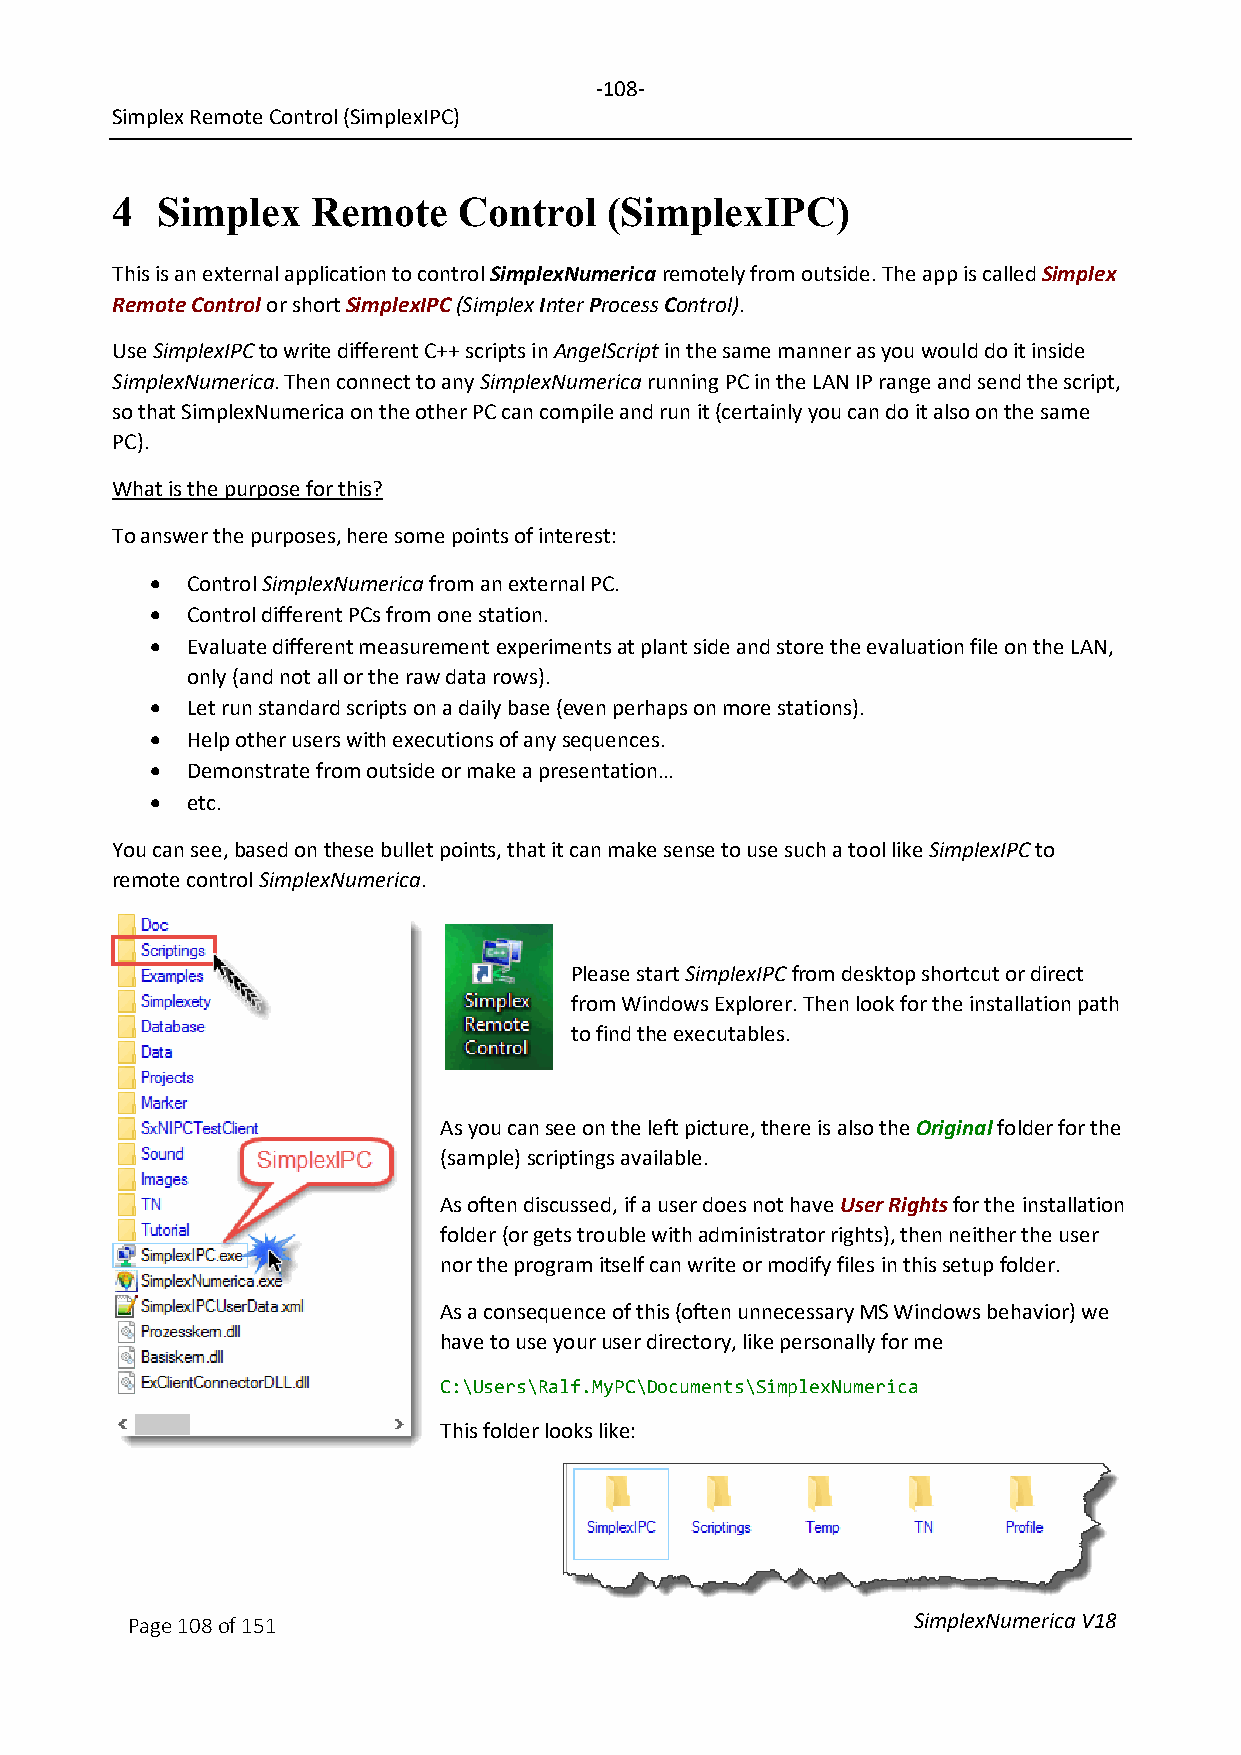
-108-
 Simplex Remote Control (SimplexIPC)
 4  Simplex    Remote   Control   (SimplexIPC)
 This is an external application to control SimplexNumerica remotely from outside. The app is called Simplex
 Remote Control or short SimplexIPC (Simplex Inter Process Control).
 Use SimplexIPC to write different C++ scripts in AngelScript in the same manner as you would do it inside
 SimplexNumerica. Then connect to any SimplexNumerica running PC in the LAN IP range and send the script,
 so that SimplexNumerica on the other PC can compile and run it (certainly you can do it also on the same
 PC).
 What is the purpose for this?
 To answer the purposes, here some points of interest:
 • Control SimplexNumerica from an external PC.
 • Control different PCs from one station.
 • Evaluate different measurement experiments at plant side and store the evaluation file on the LAN,
 only (and not all or the raw data rows).
 • Let run standard scripts on a daily base (even perhaps on more stations).
 • Help other users with executions of any sequences.
 • Demonstrate from outside or make a presentation…
 • etc.
 You can see, based on these bullet points, that it can make sense to use such a tool like SimplexIPC to
 remote control SimplexNumerica.
 Please start SimplexIPC from desktop shortcut or direct
 from Windows Explorer. Then look for the installation path
 to find the executables.
 As you can see on the left picture, there is also the Original folder for the
 (sample) scriptings available.
 As often discussed, if a user does not have User Rights for the installation
 folder (or gets trouble with administrator rights), then neither the user
 nor the program itself can write or modify files in this setup folder.
 As a consequence of this (often unnecessary MS Windows behavior) we
 have to use your user directory, like personally for me
 C:\Users\Ralf.MyPC\Documents\SimplexNumerica
 This folder looks like:
 Page 108 of 151                                     SimplexNumerica V18